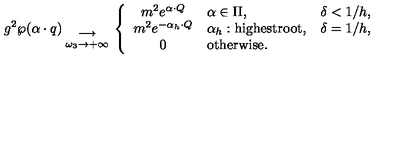
g ^ { 2 } \wp ( \alpha \cdot q ) { { } \atop { \longrightarrow \atop { \omega _ { 3 } \to + \infty } } } \left\{ \begin{array} { c l l } { m ^ { 2 } e ^ { \alpha \cdot Q } } & { \alpha \in \Pi , } & { \delta < 1 / h , } \\ { m ^ { 2 } e ^ { - \alpha _ { h } \cdot Q } } & { \alpha _ { h } : \mathrm { h i g h e s t r o o t } , } & { \delta = 1 / h , } \\ { 0 } & { \mathrm { o t h e r w i s e . } } & { } \\ \end{array} \right.